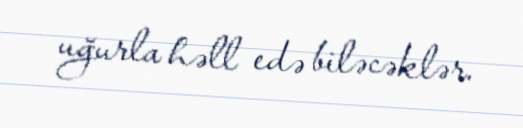
uğurla həll edə biləcəklər.